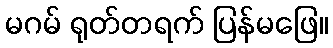
မဂမ် ရုတ်တရက် ပြန်မဖြေ။